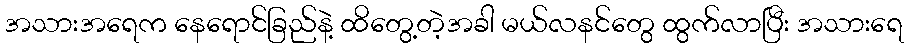
အသားအရေက နေရောင်ခြည်နဲ့ ထိတွေ့တဲ့အခါ မယ်လနင်တွေ ထွက်လာပြီး အသားရေ